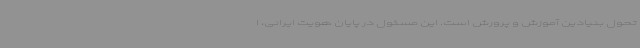
تحول بنیادین آموزش و پرورش است. این مسئول در پایان هویت ایرانی، ا